system: You are a helpful assistant.
user:
Analyze the provided spectrum to determine if it is a **White Dwarf (WD)**.

A White Dwarf spectrum is defined by its **extreme purity** (due to gravitational settling) and/or **extreme pressure broadening** (due to high surface gravity). You must check for one of the following mutually exclusive signatures:

- **Key Visual Indicators (Check for ONE of these types):**

    - **1. DA-Type Signature (Most Common):**
        - **(Primary Feature):** Extreme pressure broadening (Stark broadening) of the **Hydrogen (H) Balmer lines**.
        - **(Key Lines):** $H\beta$ (approx. $4861$ Å) and $H\gamma$ (approx. $4340$ Å). $H\alpha$ (approx. $6563$ Å) will also be present if the wavelength range covers it.
        - **(Line Profile):** This is the **defining feature**. The lines are **NOT** sharp. They appear as massive, **extremely broad and deep "troughs" or "dips"** in the spectrum, often hundreds of Ångströms wide. The continuum will appear to "scoop" down at these wavelengths.
        - **(Distinction):** Normal A-type or B-type stars have *narrow* and *sharp* Hydrogen lines. A DA White Dwarf's lines are unmistakably "smeared" or "blurry" from pressure.

    - **2. DB-Type Signature:**
        - **(Primary Feature):** Broad absorption lines from **Neutral Helium (He I)**. The spectrum must lack any visible Hydrogen lines.
        - **(Key Lines):** Look for broad absorption near $4471$ Å, $4921$ Å, and $5876$ Å.
        - **(Line Profile):** These lines are also significantly pressure-broadened, appearing much wider than they would in a normal B-type main-sequence star.

    - **3. DC-Type Signature:**
        - **(Primary Feature):** A **featureless continuous spectrum**.
        - **(Line Profile):** The spectrum is a smooth curve with **no significant absorption or emission lines**.
        - **(Key Confirmation):** The continuum is almost always **blue or white**, indicating a hot object. This signature implies the atmosphere is so pure (or so cool) that no spectral lines are visible in the optical range. Its WD identity is confirmed by its extremely low intrinsic brightness (high absolute magnitude).

    - **4. DZ-Type Signature (Metal-Polluted):**
        - **(Primary Feature):** **Isolated, narrow metal absorption lines** on an otherwise featureless (DC-like) continuum.
        - **(Key Lines):** The **Calcium (Ca II) H & K doublet** (approx. **$3934$ Å** and **$3968$ Å**) is the most common and defining feature.
        - **(Line Profile):** These lines are "out of place." They are *not* part of a "forest" of thousands of lines. This signature is evidence of recent *accretion* (pollution) from rocky debris.
        - **(Distinction):** Normal G/K/M stars have a *dense forest* of thousands of metal lines. A DZ has a *clean* continuum with *only a few* strong metal lines.

    - **5. DQ-Type Signature (Carbon-Polluted):**
        - **(Primary Feature):** Absorption bands from **Carbon (C₂ "Swan Bands" or atomic C I)**.
        - **(Key Lines - C₂):** Look for bandheads with a "saw-tooth" shape near $5635$ Å, **$5165$ Å** (strongest), and $4737$ Å.
        - **(Key Confirmation):** The underlying **continuum must be blue or white** (hot).
        - **(Distinction):** This is the critical difference from a **Carbon Star**, which has the *exact same* C₂ bands but on an extremely **red, cool** continuum.

- **(Overall Spectrum):**
    - The continuum (overall shape) is typically **blue-sloping** (brighter in the blue than the red), as most white dwarfs are very hot.
    - The spectrum will look "pure" or "simple," dominated by only *one* of the five signatures listed above.

Think first, call **spectral_visualization_tool** if needed to examine features in detail, then provide your final answer. Your response must adhere to the following strict rules:
1.  **Overall Structure:** Your response must follow the format `<think>...</think> <tool_call>...</tool_call> (if a tool is used) <answer>...</answer>`.
2.  **Tool Usage Constraint:** You may only make **one** tool call per turn.
3.  **Final Answer Format:** In the `<answer>` tag, your conclusion must be inside a `\boxed{}` command (e.g., `\boxed{YES}` or `\boxed{NO}`), followed by your justification.

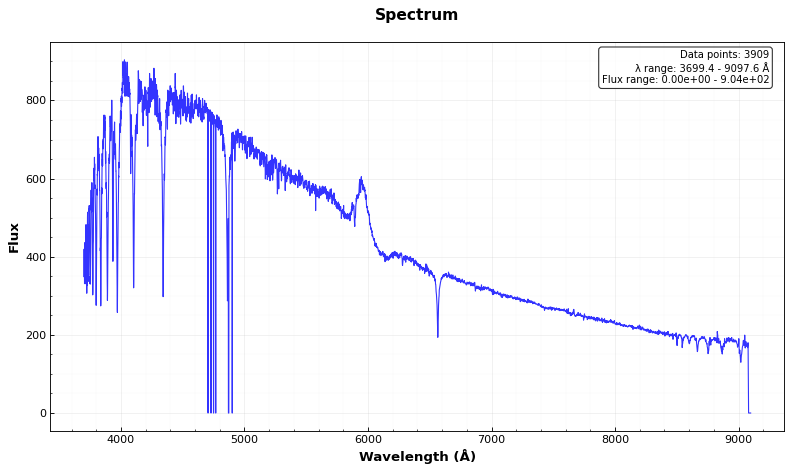
Answer: NO